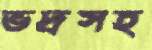
ভদ্রসহ